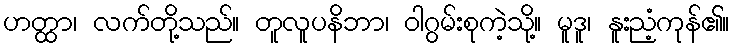
ဟတ္ထာ၊ လက်တို့သည်။ တူလူပနိဘာ၊ ဝါဂွမ်းစုကဲ့သို့။ မူဒူ၊ နူးညံ့ကုန်၏။